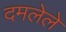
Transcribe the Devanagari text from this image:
दमलेले